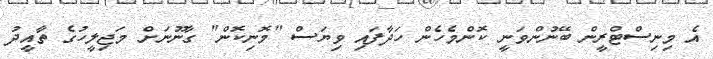
އެ މިނިސްޓްރީން ބޭނުންވަނީ ކޮންމެހެން ހަދާފައި ވިޔަސް "މޮނިކޮން" ގާނޫނަށް މަޖިލީހުގެ ތާއީދު